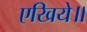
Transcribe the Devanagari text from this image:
एखिये॥